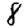
Digit: 8